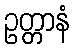
ဥတ္တာနံ